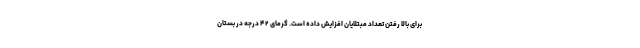
برای بالا رفتن تعداد مبتلایان افزایش داده است. گرمای ۴۲ درجه در بستان